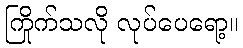
ကြိုက်သလို လုပ်ပေရော့။